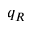
q _ { R }